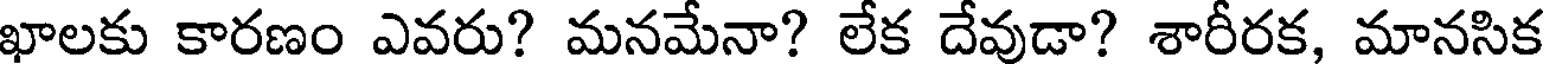
ఖాలకు కారణం ఎవరు? మనమేనా? లేక దేవుడా? శారీరక, మానసిక